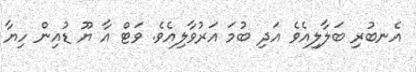
އެނބުރި ބަލާލިއެވެ އަދި ބުމަ އަރުވާލިއެވެ. ވަޓް އާ ޔޫ ޑުއިން ހިޔާ